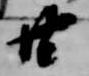
廿